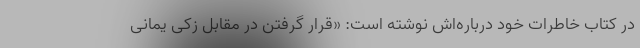
در کتاب خاطرات خود درباره‌اش نوشته است: «قرار گرفتن در مقابل زکی یمانی